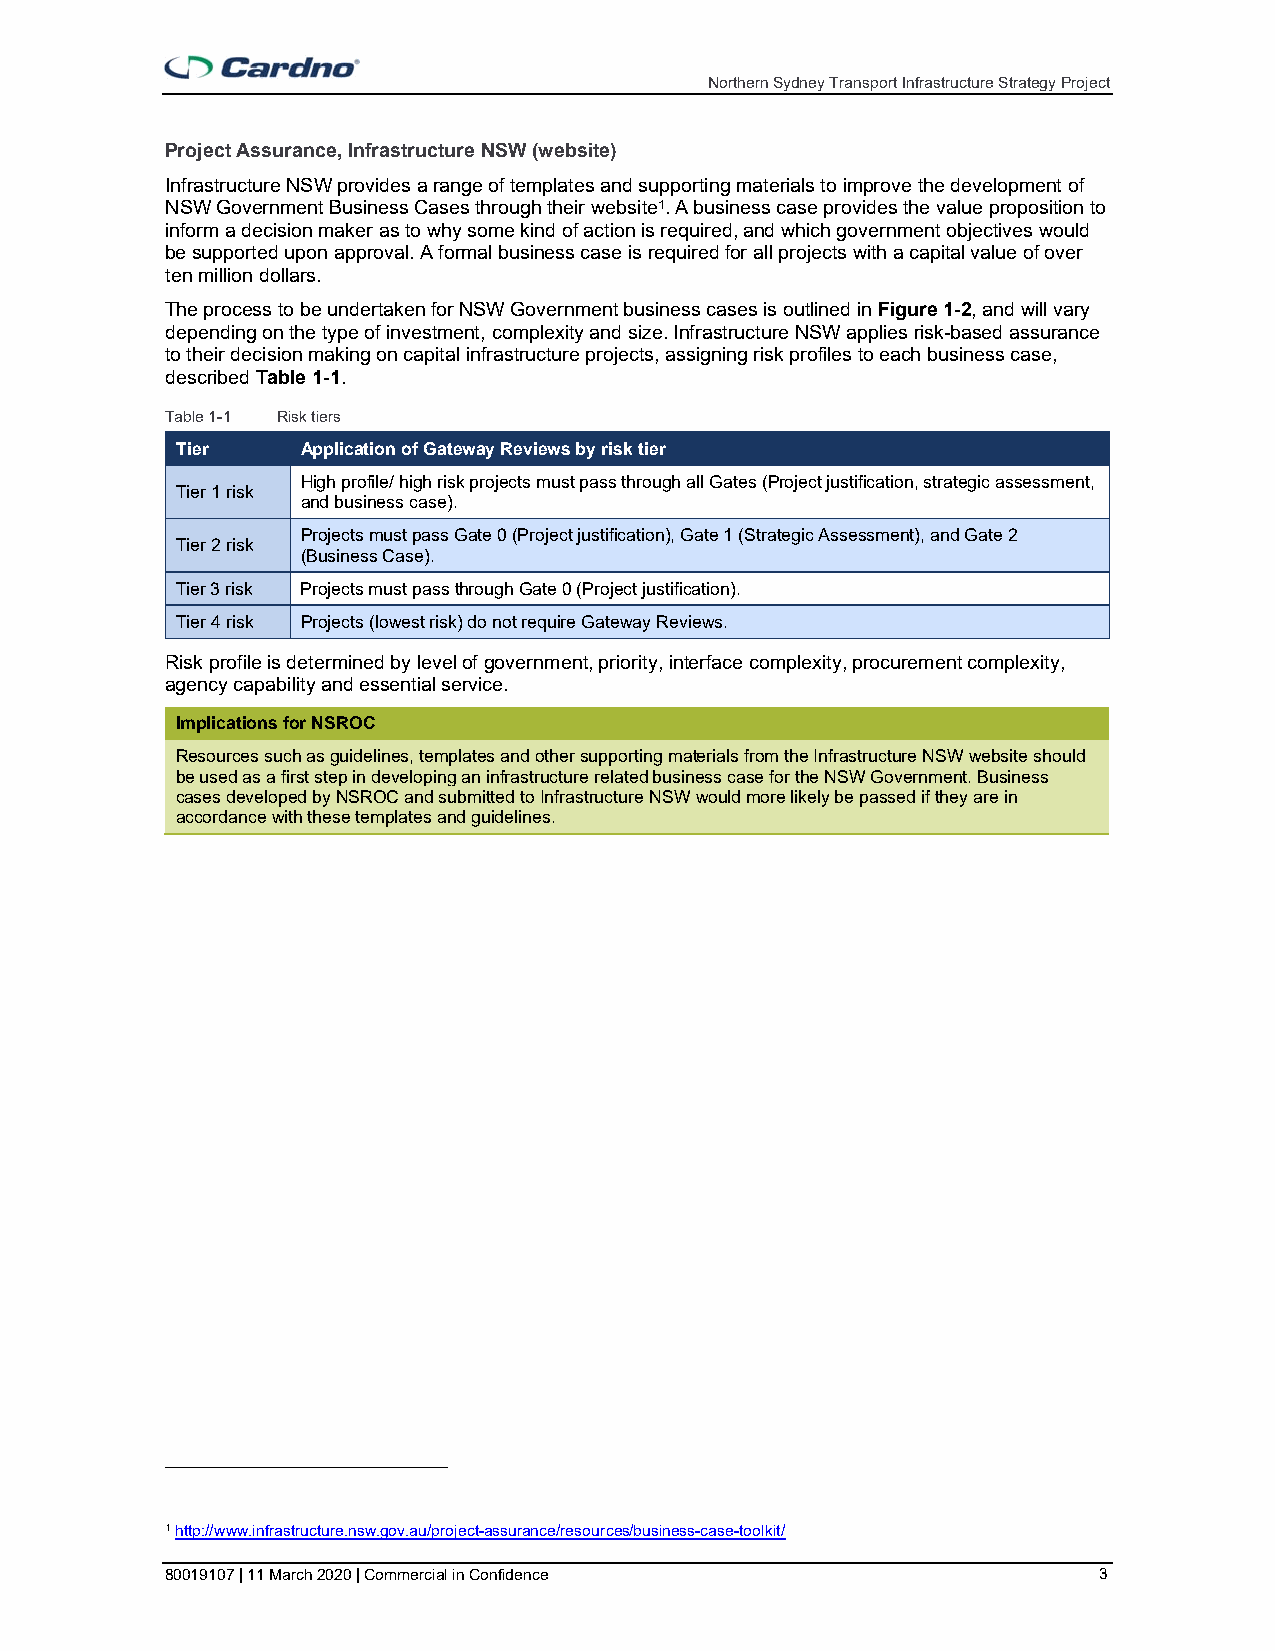
Northern Sydney Transport Infrastructure Strategy Project
 Project Assurance, Infrastructure NSW (website)
 Infrastructure NSW provides a range of templates and supporting materials to improve the development of
 NSW Government Business Cases through their website1. A business case provides the value proposition to
 inform a decision maker as to why some kind of action is required, and which government objectives would
 be supported upon approval. A formal business case is required for all projects with a capital value of over
 ten million dollars.
 The process to be undertaken for NSW Government business cases is outlined in Figure 1-2, and will vary
 depending on the type of investment, complexity and size. Infrastructure NSW applies risk-based assurance
 to their decision making on capital infrastructure projects, assigning risk profiles to each business case,
 described Table 1-1.
 Table 1-1 Risk tiers
 Tier    Application of Gateway Reviews by risk tier
 High profile/ high risk projects must pass through all Gates (Project justification, strategic assessment,
 Tier 1 risk
 and business case).
 Projects must pass Gate 0 (Project justification), Gate 1 (Strategic Assessment), and Gate 2
 Tier 2 risk
 (Business Case).
 Tier 3 risk Projects must pass through Gate 0 (Project justification).
 Tier 4 risk Projects (lowest risk) do not require Gateway Reviews.
 Risk profile is determined by level of government, priority, interface complexity, procurement complexity,
 agency capability and essential service.
 Implications for NSROC
 Resources such as guidelines, templates and other supporting materials from the Infrastructure NSW website should
 be used as a first step in developing an infrastructure related business case for the NSW Government. Business
 cases developed by NSROC and submitted to Infrastructure NSW would more likely be passed if they are in
 accordance with these templates and guidelines.
 1 http://www.infrastructure.nsw.gov.au/project-assurance/resources/business-case-toolkit/
 80019107 | 11 March 2020 | Commercial in Confidence           3